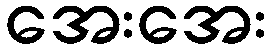
အေးအေး